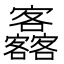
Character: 𡬚